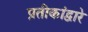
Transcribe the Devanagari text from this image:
प्रतीकांद्वारे